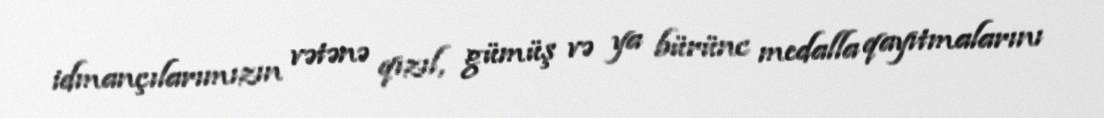
idmançılarımızın vətənə qızıl, gümüş və ya bürünc medalla qayıtmalarını